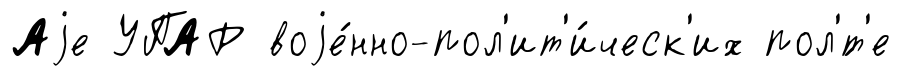
Аjе УПАР воjе́нно-пол'ит'и́ческ'их пол'́т'е